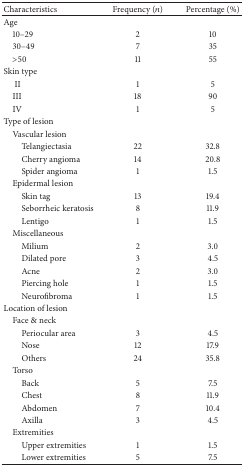
| Characteristics | Frequency (n) | Percentage (%) |
 | --- | --- | --- |
 | Age |  |  |
 | 10–29 | 2 | 10 |
 | 30–49 | 7 | 35 |
 | >50 | 11 | 55 |
 | Skin type |  |  |
 | II | 1 | 5 |
 | III | 18 | 90 |
 | IV | 1 | 5 |
 | Type of lesion |  |  |
 | Vascular lesion |  |  |
 | Telangiectasia | 22 | 32.8 |
 | Cherry angioma | 14 | 20.8 |
 | Spider angioma | 1 | 1.5 |
 | Epidermal lesion |  |  |
 | Skin tag | 13 | 19.4 |
 | Seborrheic keratosis | 8 | 11.9 |
 | Lentigo | 1 | 1.5 |
 | Miscellaneous |  |  |
 | Milium | 2 | 3.0 |
 | Dilated pore | 3 | 4.5 |
 | Acne | 2 | 3.0 |
 | Piercing hole | 1 | 1.5 |
 | Neurofibroma | 1 | 1.5 |
 | Location of lesion |  |  |
 | Face & neck |  |  |
 | Periocular area | 3 | 4.5 |
 | Nose | 12 | 17.9 |
 | Others | 24 | 35.8 |
 | Torso |  |  |
 | Back | 5 | 7.5 |
 | Chest | 8 | 11.9 |
 | Abdomen | 7 | 10.4 |
 | Axilla | 3 | 4.5 |
 | Extremities |  |  |
 | Upper extremities | 1 | 1.5 |
 | Lower extremities | 5 | 7.5 |